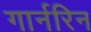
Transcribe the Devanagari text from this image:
गार्नरिन